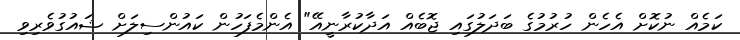
ކަމެއް ނުކޮށް އެހެން ހުރުމުގެ ބަދަލުގައި ޖޮބެއް އަދާކުރާނީއޭ" އެންމެފަހުން ކައުންސިލަށް ޝައުގުވެރިވި